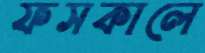
ফসকালে